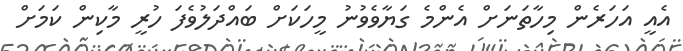
އެއީ އަހަރެން މިހާތަނަށް އެންމެ ގަޔާވެވުނު މީހަކަށް ބައްދަލުވެފަ ހުރީ މާކިން ކަމަށް